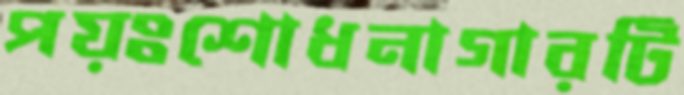
পয়ঃশোধনাগারটি